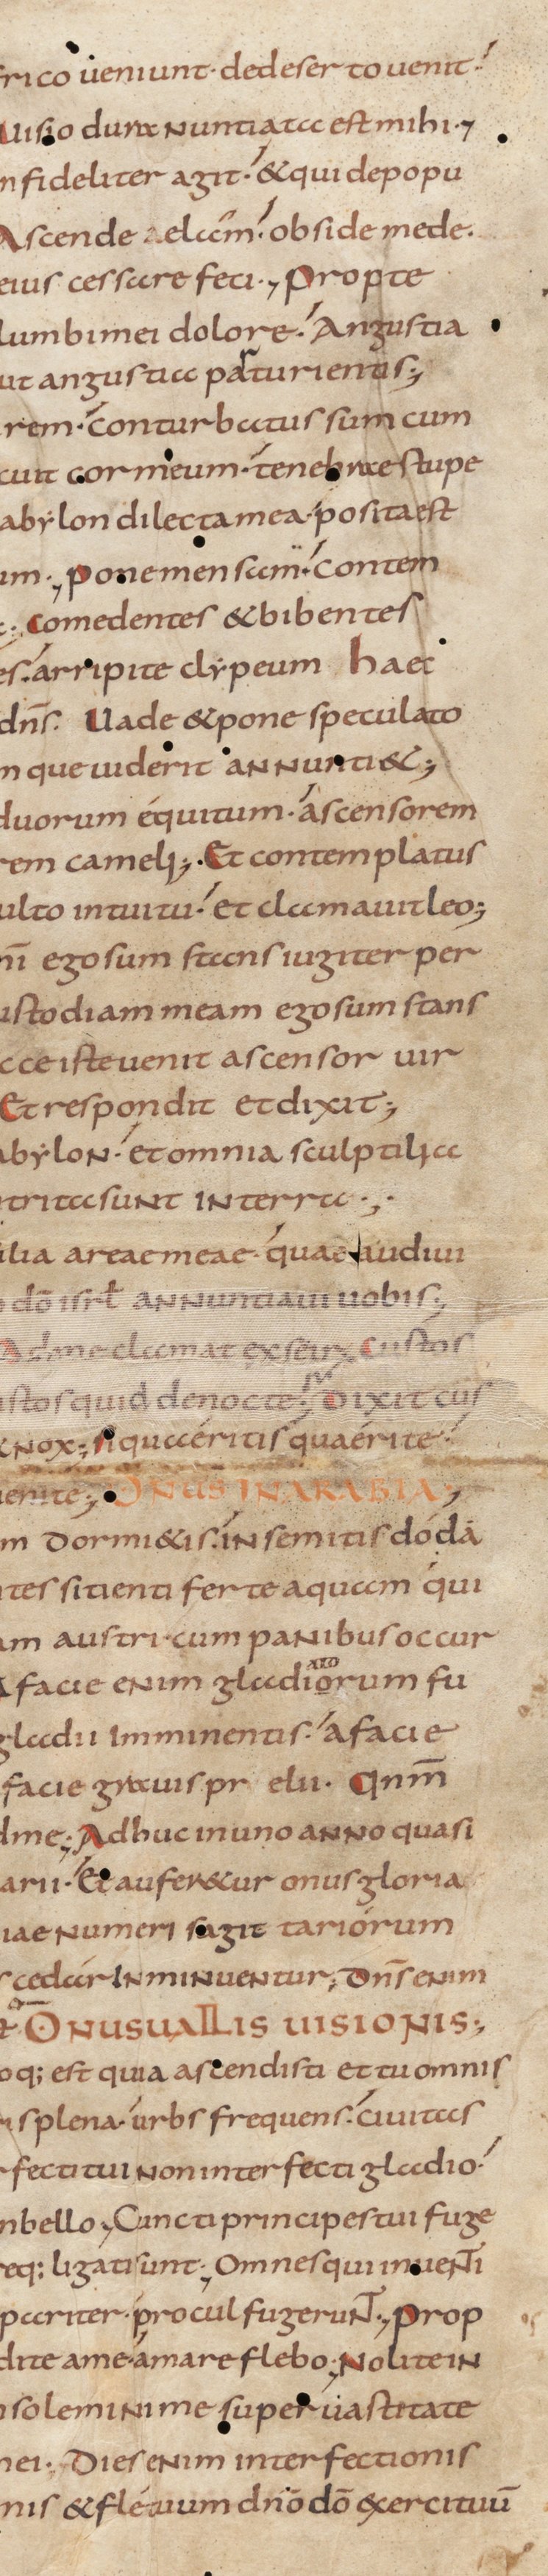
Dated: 800–815